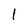
Character: 1